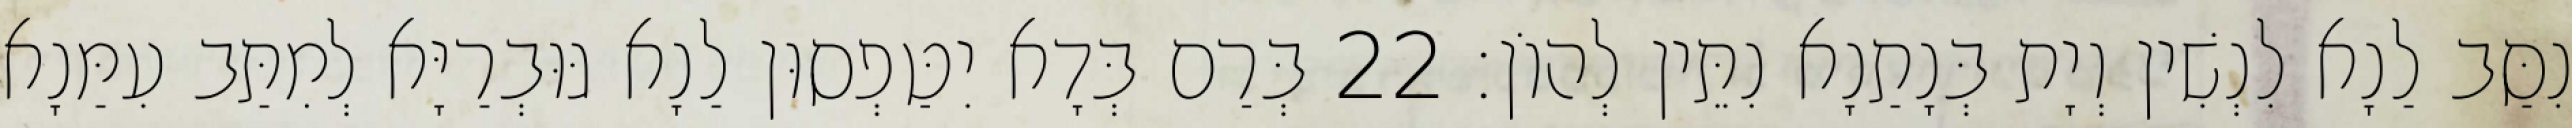
נִסַּב לַנָא לִנְשִׁין וְיָת בְּנָתַנָא נִתֵּין לְהוֹן׃ 22 בְּרַם בְּדָא יִטַּפְסוּן לַנָא גּוּבְרַיָּא לְמִתַּב עִמַּנָא